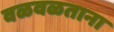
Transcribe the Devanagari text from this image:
वळवळताना